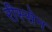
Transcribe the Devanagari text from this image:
रीस्सेन